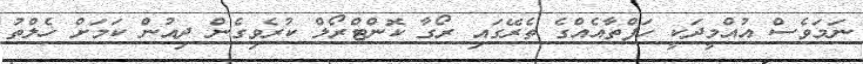
ނަމަވެސް އުއްމީދަކީ ހަފްތާއެއްގެ ތެރޭގައި ރޯގާ ކޮންޓްރޯލް ކުރެވިގެން ދިއުން ކަމަށް ހެލްތު